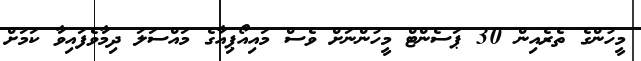
މީހުންގެ ތެރެއިން 30 ޕަސެންޓް މީހުންނަށް ވެސް މައިއޯޕިއާގެ މައްސަލަ ދިމާވެފައިވާ ކަމަށް